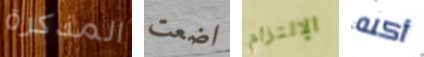
المذكرة اضعت الإلتزام أكله